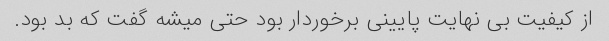
از کیفیت بی نهایت پایینی برخوردار بود حتی میشه گفت که بد بود.